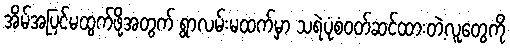
အိမ်အပြင်မထွက်ဖို့အတွက် ရွာလမ်းမထက်မှာ သရဲပုံစံဝတ်ဆင်ထားတဲ့လူတွေကို